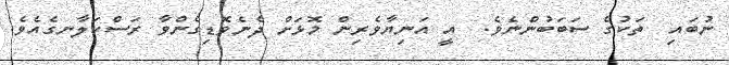
ނުބައި  ތަކުގެ ސަބަބުންނެވެ.  އީ އަނިޔާވެރިން މޮޅަށް ދެނެވޮޑިގެންވާ ރަސްކަލާނގެއެވެ.